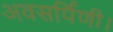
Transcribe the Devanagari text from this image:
अवसर्पिणी।